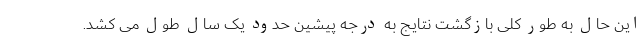
این حال به طور کلی بازگشت نتایج به درجه پیشین حدود یک سال طول می کشد.